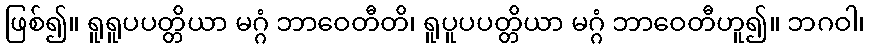
ဖြစ်၍။ ရူရူပပတ္တိယာ မဂ္ဂံ ဘာဝေတီတိ၊ ရူပူပပတ္တိယာ မဂ္ဂံ ဘာဝေတီဟူ၍။ ဘဂဝါ၊